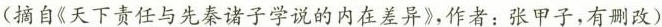
(摘自《天下责任与先秦诸子学说的内在差异》，作者：张甲子，有改)